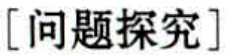
[问题探究]